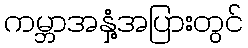
ကမ္ဘာအနှံ့အပြားတွင်